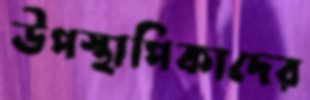
উপস্থাপিকাদের